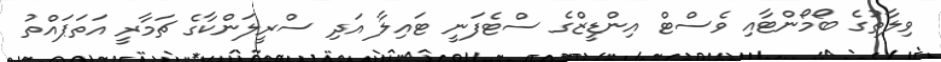
ވިލާތުގެ ބޯމޯންޓާއި ވެސްޓް އިންޑީޒްގެ ސްޓެފަނީ ޓައިލާ އަދި ސްރީލަންކާގެ ޗަމާރީ އަތަޕައްތު